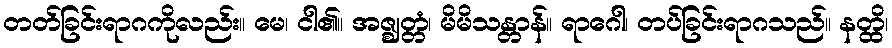
တတ်ခြင်းရာဂကိုလည်း။ မေ၊ ငါ၏။ အဇ္ဈတ္တံ၊ မိမိသန္တာန်။ ရာဂေါ၊ တပ်ခြင်းရာဂသည်။ နတ္ထိ၊